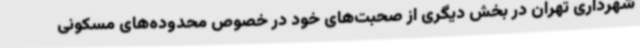
شهرداری تهران در بخش دیگری از صحبت‌های خود در خصوص محدوده‌های مسکونی